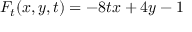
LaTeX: F _ { t } ( x , y , t ) = - 8 t x + 4 y - 1